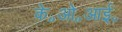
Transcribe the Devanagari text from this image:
के॰ओ॰आई॰